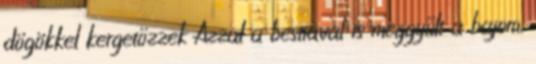
dögökkel kergetőzzek Azzal a bestiával is meggyűlt a bajom,